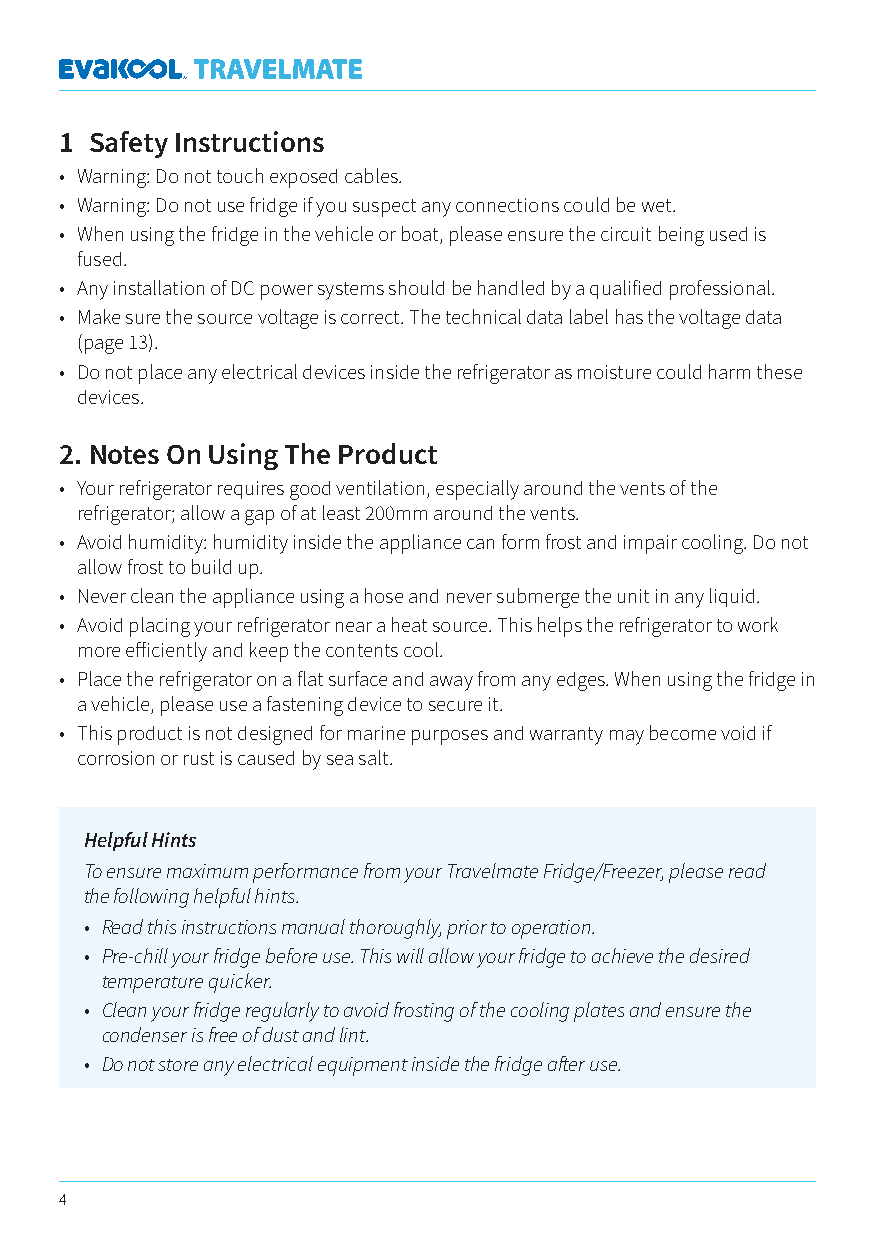
1 Safety Instructions
 • Warning: Do not touch exposed cables.
 • Warning: Do not use fridge if you suspect any connections could be wet.
 • When using the fridge in the vehicle or boat, please ensure the circuit being used is
 fused.
 • Any installation of DC power systems should be handled by a qualified professional.
 • Make sure the source voltage is correct. The technical data label has the voltage data
 (page 13).
 • Do not place any electrical devices inside the refrigerator as moisture could harm these
 devices.
 2. Notes On Using The Product
 • Your refrigerator requires good ventilation, especially around the vents of the
 refrigerator; allow a gap of at least 200mm around the vents.
 • Avoid humidity: humidity inside the appliance can form frost and impair cooling. Do not
 allow frost to build up.
 • Never clean the appliance using a hose and never submerge the unit in any liquid.
 • Avoid placing your refrigerator near a heat source. This helps the refrigerator to work
 more efficiently and keep the contents cool.
 • Place the refrigerator on a flat surface and away from any edges. When using the fridge in
 a vehicle, please use a fastening device to secure it.
 • This product is not designed for marine purposes and warranty may become void if
 corrosion or rust is caused by sea salt.
 Helpful Hints
 To ensure maximum performance from your Travelmate Fridge/Freezer, please read
 the following helpful hints.
 • Read this instructions manual thoroughly, prior to operation.
 • Pre-chill your fridge before use. This will allow your fridge to achieve the desired
 temperature quicker.
 • Clean your fridge regularly to avoid frosting of the cooling plates and ensure the
 condenser is free of dust and lint.
 • Do not store any electrical equipment inside the fridge after use.
 4